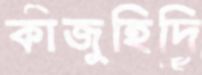
কাজুহিদি